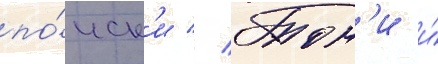
по́иск'и // Тон'и и́